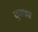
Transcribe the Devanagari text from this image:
ब्रुक्का